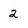
Character: 2